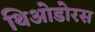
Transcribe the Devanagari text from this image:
थिओडोरस